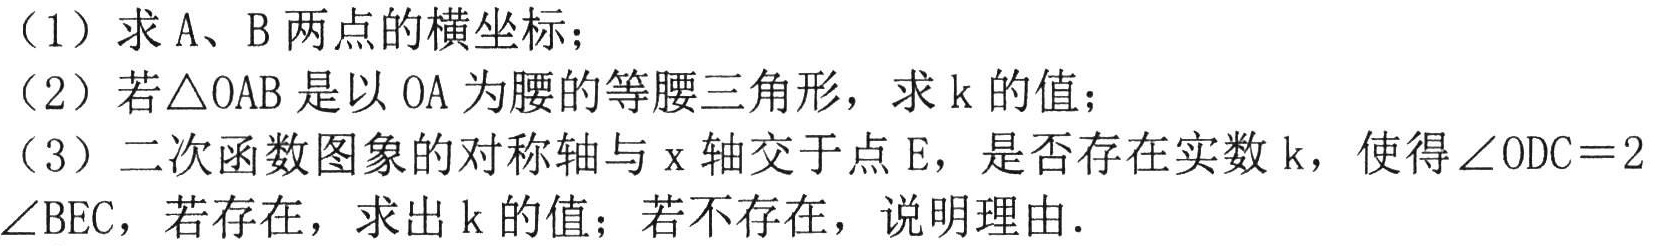
（1）求A、B两点的横坐标；
（2）若\(\triangle OAB\)是以OA为腰的等腰三角形，求k的值；
（3）二次函数图象的对称轴与x轴交于点E，是否存在实数k，使得\(\angle ODC = 2\angle BEC\)，若存在，求出k的值；若不存在，说明理由.